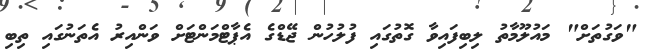
"ވަގުތަށް" މައުލޫމާތު ލިބިފައިވާ ގޮތުގައި ފުލުހުން ޖޭޑްގެ އެޕާޓްމަންޓަށް ވަންއިރު އެތަނުގައި ތިބި